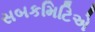
સબકમિટિએ